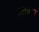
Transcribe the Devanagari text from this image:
फ्लक्‍स